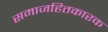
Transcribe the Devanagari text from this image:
समाजहितकारक